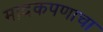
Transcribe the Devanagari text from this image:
मादकपणाचा